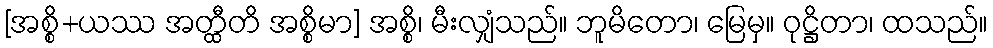
[အစ္စိ+ယဿ အတ္ထီတိ အစ္စိမာ] အစ္စိ၊ မီးလျှံသည်။ ဘူမိတော၊ မြေမှ။ ဝုဋ္ဌိတာ၊ ထသည်။